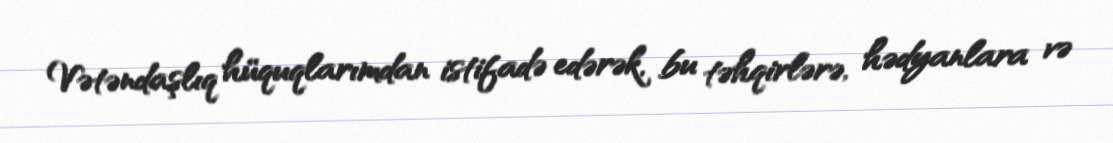
Vətəndaşlıq hüquqlarımdan istifadə edərək, bu təhqirlərə, hədyanlara və